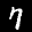
Label: 7